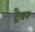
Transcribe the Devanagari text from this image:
ट्रैवर